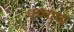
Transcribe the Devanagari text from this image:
धुक्याची